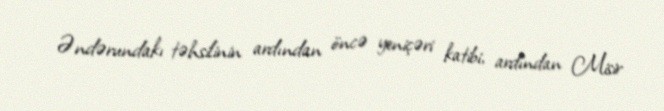
Əndərundakı təhsilinin ardından öncə yeniçəri katibi, ardından Misir